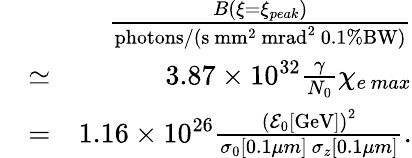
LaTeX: \begin{array}{rlr}&{}&{\frac{B(\xi=\xi_{peak})}{\mathrm{photons}/(\mathrm{s}\ \mathrm{mm}^{2}\ \mathrm{mrad}^{2}\ 0.1\% \mathrm{BW})}}\\ &{\simeq}&{3.87\times 10^{32}\frac{\gamma}{N_{0}}\chi_{e\, max}}\\ &{=}&{1.16\times 10^{26}\frac{\left(\mathcal{E}_{0}[\mathrm{GeV}]\right)^{2}}{\sigma_{0}[0.1\mu m]\ \sigma_{z}[0.1\mu m]}.}\end{array}